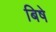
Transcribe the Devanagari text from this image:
बिषे